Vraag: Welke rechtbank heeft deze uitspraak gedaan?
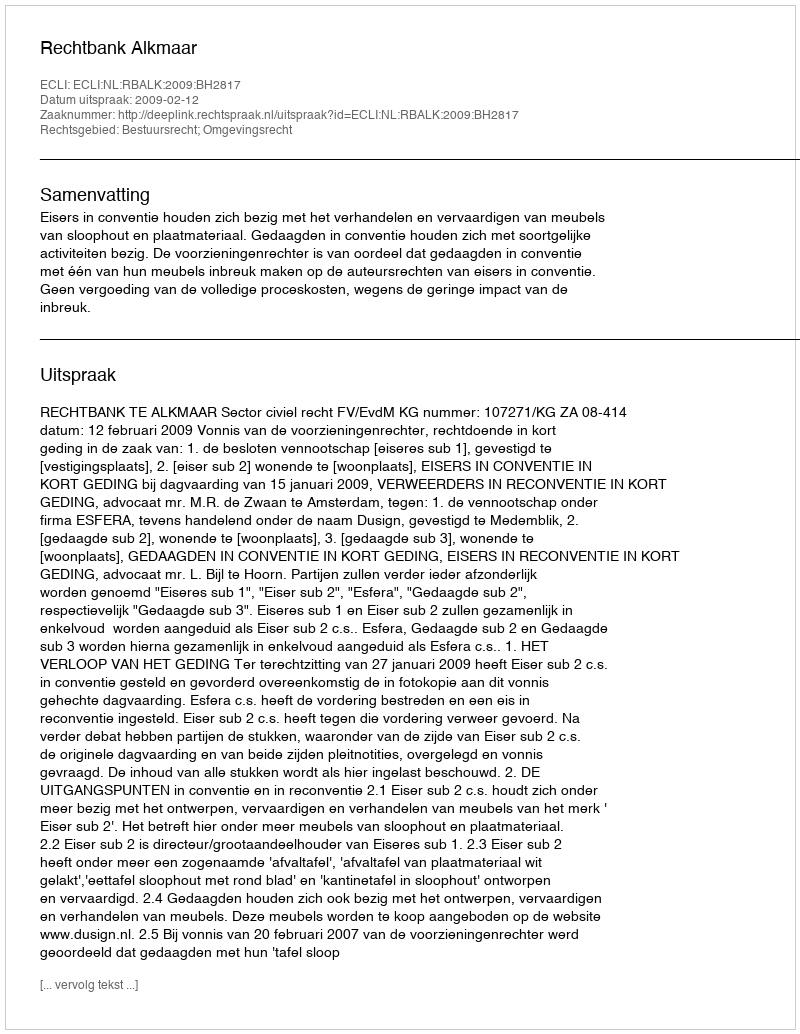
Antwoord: Rechtbank Alkmaar